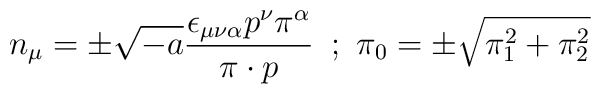
n_\mu =\pm \sqrt{-a}\frac{\epsilon _{\mu \nu \alpha }p^\nu \pi ^\alpha }{\pi\cdot p}\,\,\,;\,\,\pi _0=\pm \sqrt{\pi _1^2+\pi _2^2}